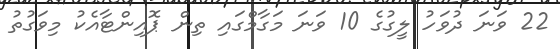
22 ވަނަ ދުވަހު ލީގުގެ 10 ވަނަ މަގާމްގައި ތިން ޕޮއިންޓާއެކު މިވަގުތު